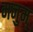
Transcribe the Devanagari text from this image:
मनुम्‌